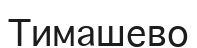
Тимашево